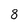
Character: 8